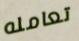
تعامله